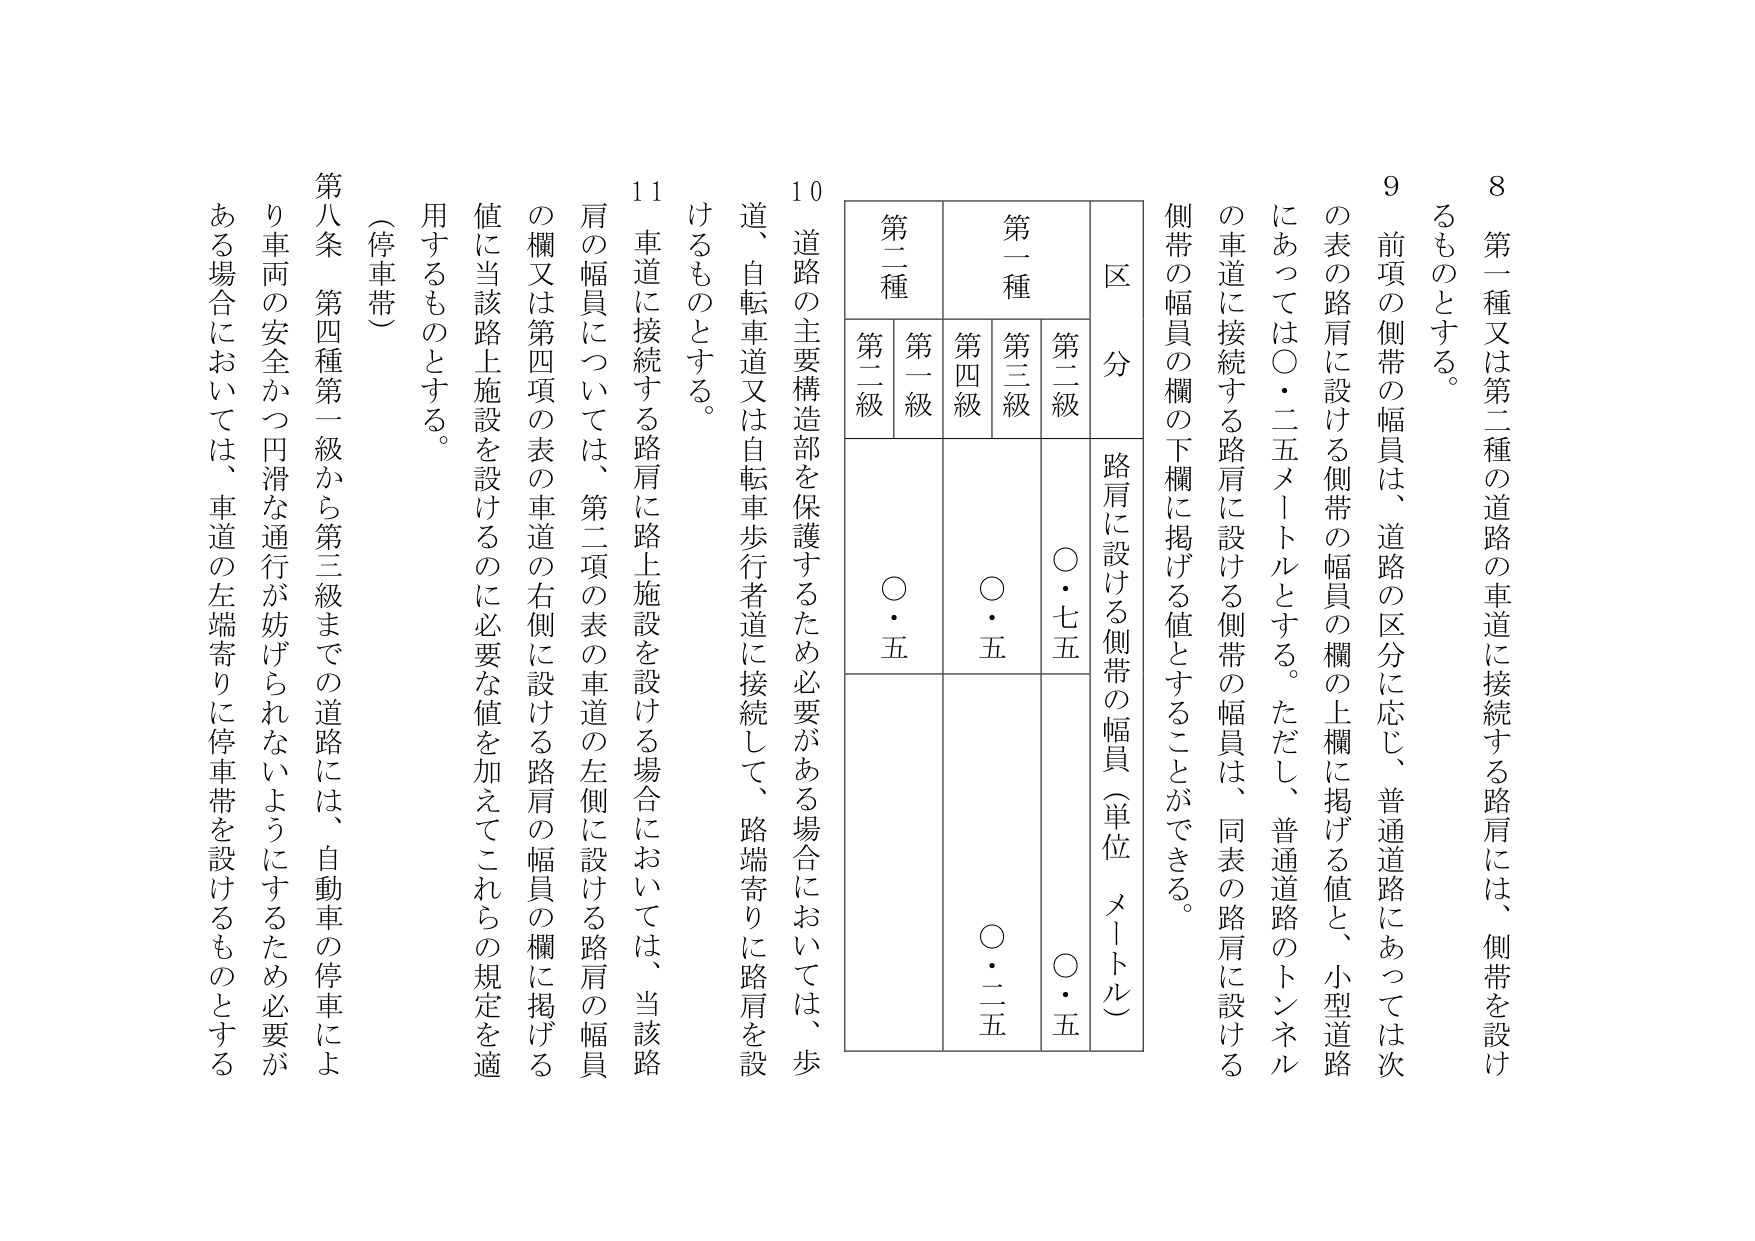
8 第一種又は第二種の道路の車道に接続する路肩には、側帯を設けるものとする。

9 前項の側帯の幅員は、道路の区分に応じ、普通道路にあっては次の表の路肩に設ける側帯の幅員の欄の上欄に掲げる値と、小型道路にあっては〇・二五メートルとする。ただし、普通道路のトンネルの車道に接続する路肩に設ける側帯の幅員は、同表の路肩に設ける側帯の幅員の欄の下欄に掲げる値とすることができる。

区 分
第一種
第二種
第二級
第三級
第四級
第一級
第二級
路肩に設ける側帯の幅員（単位 メートル）
〇・七五
〇・五
〇・五
〇・二五

10 道路の主要構造部を保護するため必要がある場合においては、歩道、自転車道又は自転車歩行者道に接続して、路端寄りに路肩を設けるものとする。

11 車道に接続する路肩に路上施設を設ける場合においては、当該路肩の幅員については、第二項の表の車道の左側に設ける路肩の幅員の欄又は第四項の表の車道の右側に設ける路肩の幅員の欄に掲げる値に当該路上施設を設けるのに必要な値を加えてこれらの規定を適用するものとする。

（停車帯）

第八条 第四種第一級から第三級までの道路には、自動車の停車により車両の安全かつ円滑な通行が妨げられないようにするため必要がある場合においては、車道の左端寄りに停車帯を設けるものとする